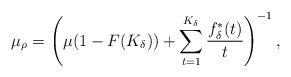
LaTeX: \begin{align*} \mu_\rho = \left(\mu(1 - F(K_\delta)) + \sum_{t = 1}^{K_\delta} \frac{f^\ast_\delta(t)}{t}\right)^{-1},\end{align*}